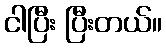
ငါပြီး ပြီးတယ်။